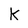
Character: k